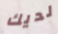
لديك